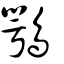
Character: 鶚